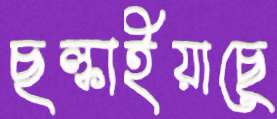
ছল্‌কাইয়াছে